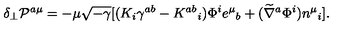
\delta _ { \perp } { \cal P } ^ { a \mu } = - \mu \sqrt { - \gamma } [ ( K _ { i } \gamma ^ { a b } - K ^ { a b } { } _ { i } ) \Phi ^ { i } e ^ { \mu } { } _ { b } + ( \widetilde \nabla ^ { a } \Phi ^ { i } ) n ^ { \mu } { } _ { i } ] .